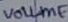
Text: VOLUME